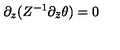
\partial _ { z } ( Z ^ { - 1 } \partial _ { \bar { z } } \theta ) = 0